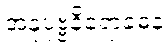
အနုပုဗ္ဗနိရောဓေန